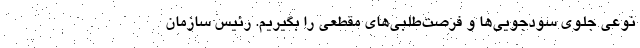
نوعی جلوی سودجویی‌ها و فرصت‌طلبی‌های مقطعی را بگیریم. رئیس سازمان